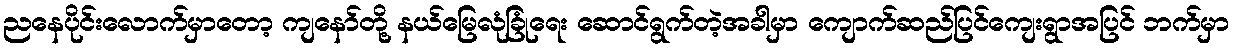
ညနေပိုင်းလောက်မှာတော့ ကျနော်တို့ နယ်မြေလုံခြုံရေး ဆောင်ရွက်တဲ့အခါမှာ ကျောက်ဆည်ပြင်ကျေးရွာအပြင် ဘက်မှာ